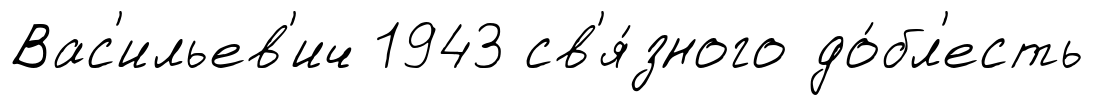
Вас'ильев'ич 1943 св'я́зного до́бл'есть